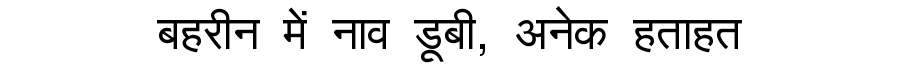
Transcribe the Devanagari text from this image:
बहरीन में नाव डूबी, अनेक हताहत